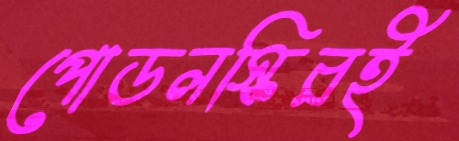
পোডলস্কিরই